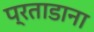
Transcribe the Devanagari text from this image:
प्रताडाना